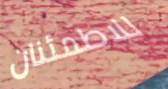
للاطمئنان